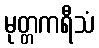
မုတ္တကရီသံ